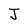
Character: J